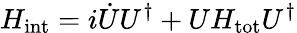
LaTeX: H_{\mathrm{{int}}}=i\dot{U}U^{\dagger}+UH_{\mathrm{{tot}}}U^{\dagger}